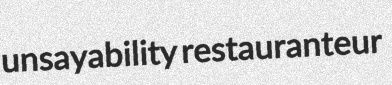
unsayability restauranteur